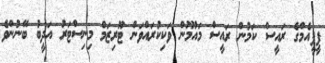
ޕީޕީއެމްގެ ރައީސް ކަމުން ރައީސް މައުމޫން ވަކިކުރައްވަން ޓޫރިޒަމް މިނިސްޓަރު އަދީބު ބޭނުންވެ